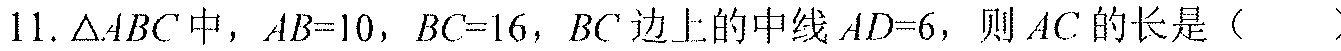
11. \(\triangle ABC\) 中，\(AB = 10\)，\(BC = 16\)，\(BC\) 边上的中线 \(AD = 6\)，则 \(AC\) 的长是（  ）